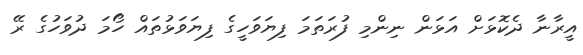
އީރާނާ ދެކޮޅަށް އަޅަން ނިންމި ފުރަތަމަ ފިޔަވަހީގެ ފިޔަވަޅުތައް ހޯމަ ދުވަހުގެ ރޭ